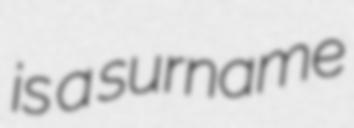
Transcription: is a surname